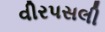
વીરપસલી